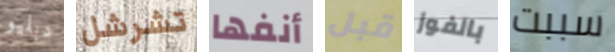
دبليو تشرشل أنفها قبل بالفوز سببت